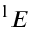
^ { 1 } E